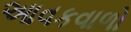
આવકવાળો